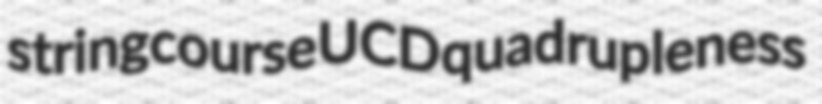
stringcourse UCD quadrupleness